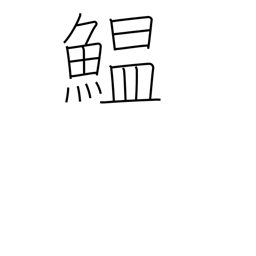
Meaning: sardine